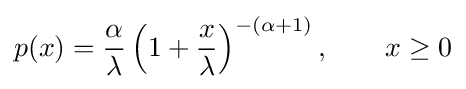
p(x)={\frac {\alpha }{\lambda }}\left(1+{\frac {x}{\lambda }}\right)^{-(\alpha +1)},\qquad x\geq 0